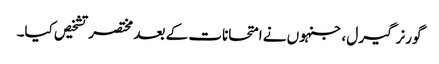
گورنر گیرل ، جنہوں نے امتحانات کے بعد مختصر تشخیص کیا۔